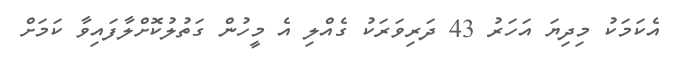
އެކަމަކު މިދިޔަ އަހަރު 43 ދަރިވަރަކު ގެއްލި އެ މީހުން ގަތުލުކޮށްލާފައިވާ ކަމަށް